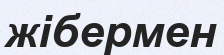
жібермен